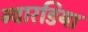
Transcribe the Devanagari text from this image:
ग्वारडिया